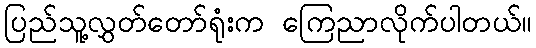
ပြည်သူ့လွှတ်တော်ရုံးက ကြေညာလိုက်ပါတယ်။